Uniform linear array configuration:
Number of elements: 8
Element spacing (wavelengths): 0.25
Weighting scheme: exponential
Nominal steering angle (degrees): -15
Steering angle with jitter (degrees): -14.387
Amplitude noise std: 0.05
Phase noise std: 0.05

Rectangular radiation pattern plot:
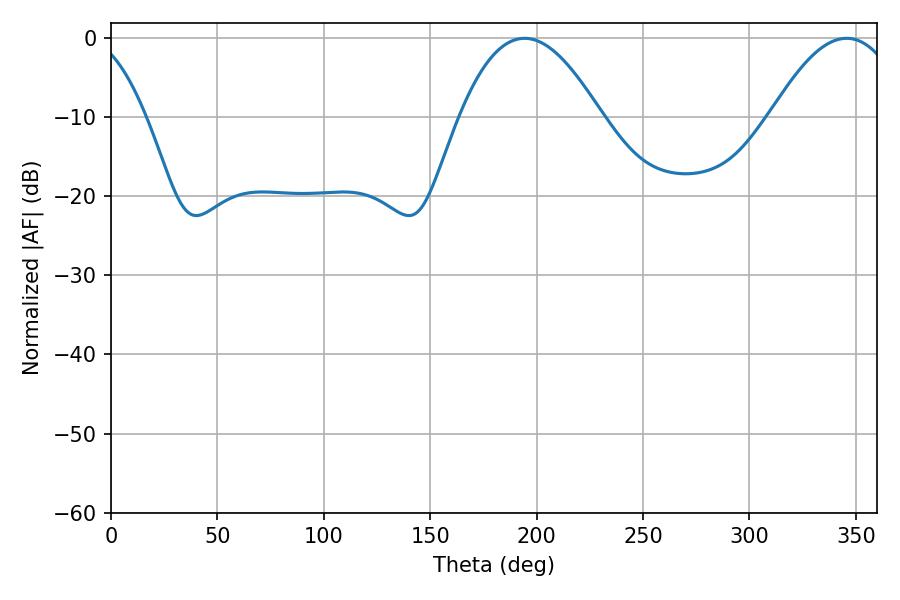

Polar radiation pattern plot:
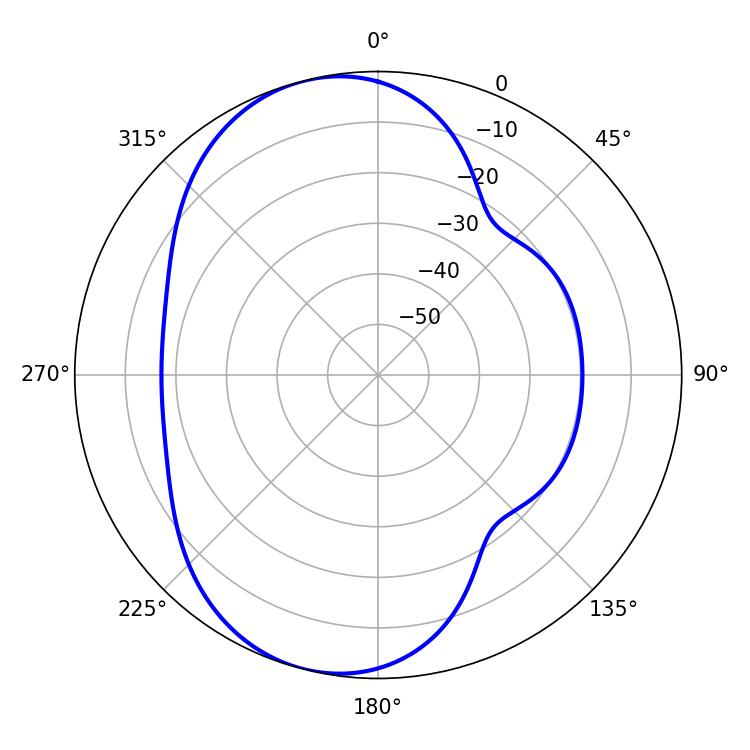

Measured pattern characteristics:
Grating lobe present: FALSE
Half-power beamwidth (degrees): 36.36
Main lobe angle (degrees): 194.4